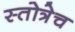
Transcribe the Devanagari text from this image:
स्तोत्रेच